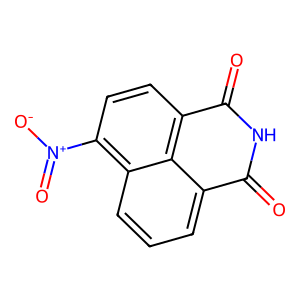
SMILES: O=C1NC(=O)c2ccc([N+](=O)[O-])c3cccc1c23
Inhibits HIV replication: No